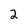
Character: 2